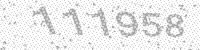
Solution: 111958